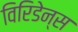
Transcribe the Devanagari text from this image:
विरिडेन्स